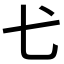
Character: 𢍺